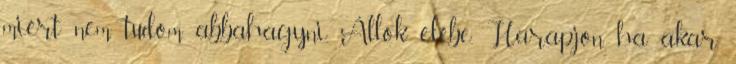
miért nem tudom abbahagyni. Állok elébe. Harapjon, ha akar,